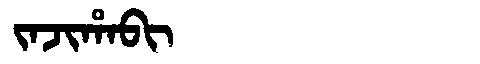
Manchu: ᠵᠠᠵᡳᡥᠠᠪᡳ
Romanization: JAJIHABI